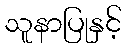
သူနာပြုနှင့်